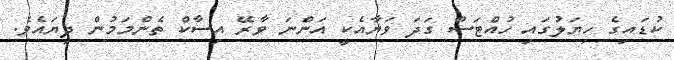
ކުޑައިގެ ހިޔަލުގައި ހުއްޓަސް ގަދަ ވަޔާއެކީ އަންނަ ވާރޭ އިސާކް ތެންމަމުން ދިޔައެވެ.